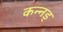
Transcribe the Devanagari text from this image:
कन्नड्